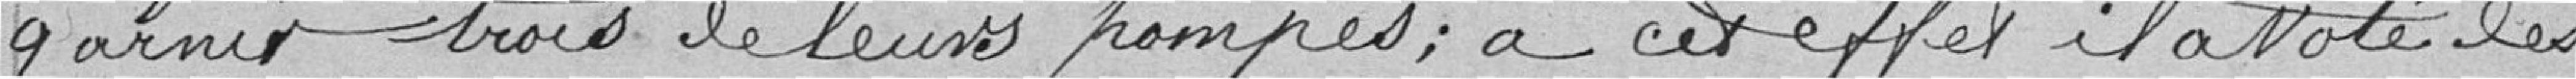
garnir trois de leurs pompes; à cet effet il a voté des